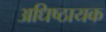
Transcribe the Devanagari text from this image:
अधिष्ठायक